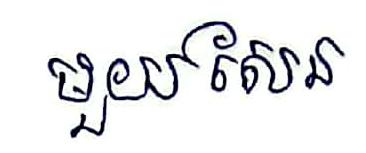
មួយសែន